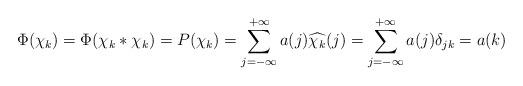
LaTeX: \begin{align*}\Phi(\chi_k)=\Phi(\chi_k\ast \chi_k)=P(\chi_k)=\sum_{j=-\infty}^{+\infty}a(j)\widehat{\chi_k}(j)=\sum_{j=-\infty}^{+\infty}a(j){\delta_{jk}}=a(k)\end{align*}